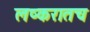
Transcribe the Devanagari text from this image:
लष्करातच